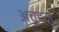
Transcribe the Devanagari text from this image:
अचुदन